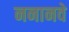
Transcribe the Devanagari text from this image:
ननानवे